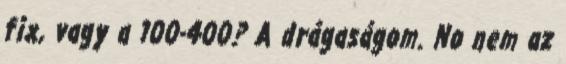
fix, vagy a 100-400? A drágaságom. No nem az